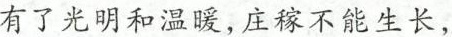
有了光明和温暖，庄稼不能生长，